65_HS1-834228961_62-HQ-83894_Section_8
Agency: FBI
Page 104
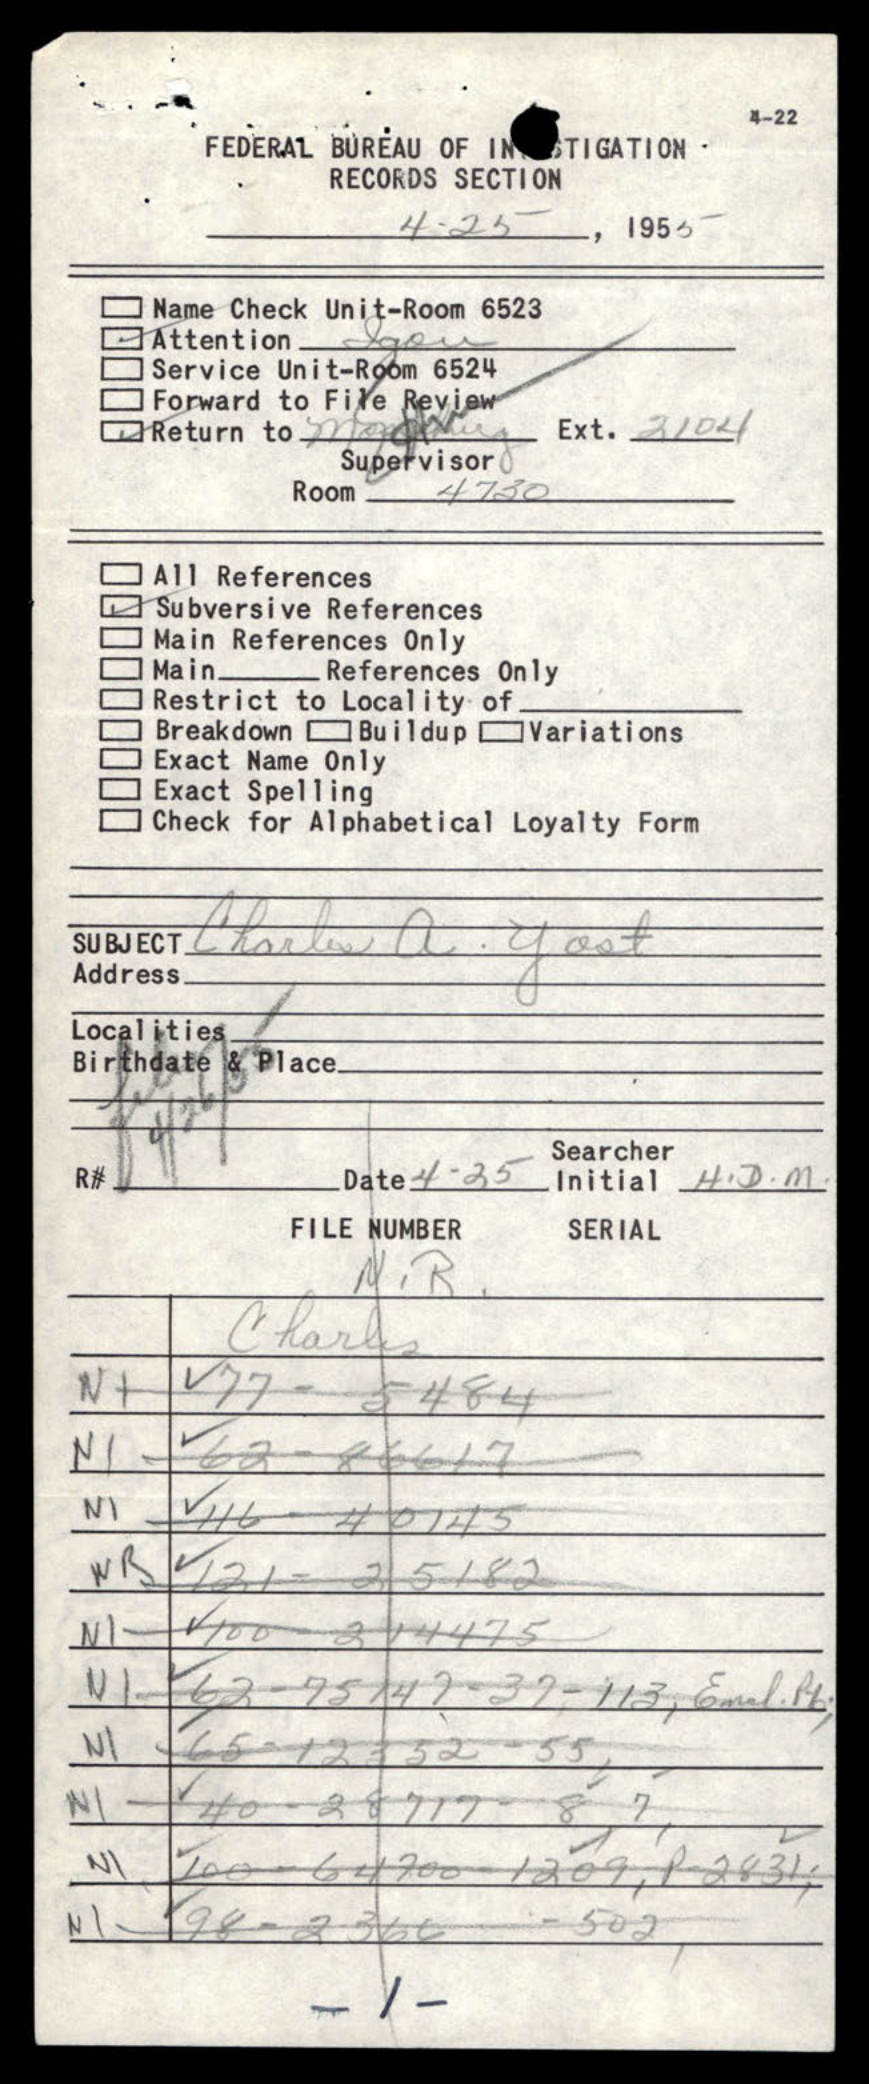